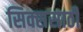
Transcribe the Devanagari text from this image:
सिक्ससाठी